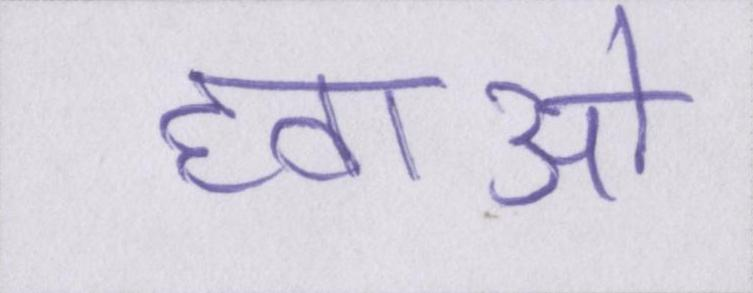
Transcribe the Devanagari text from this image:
हवाओं